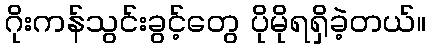
ဂိုးကန်သွင်းခွင့်တွေ ပိုမိုရရှိခဲ့တယ်။